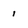
Character: 1